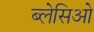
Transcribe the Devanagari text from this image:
ब्लेसिओ